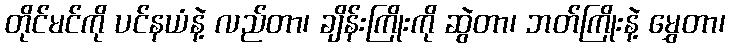
တိုင်မင်ကို ပင်နယံနဲ့ လည်တာ၊ ချိန်းကြိုးကို ဆွဲတာ၊ ဘတ်ကြိုးနဲ့ မွှေတာ၊